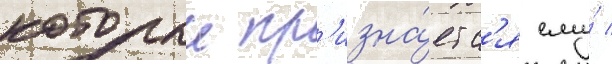
которыи пр'изна́етс'я ему́ /